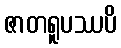
ဇာတရူပဿပိ